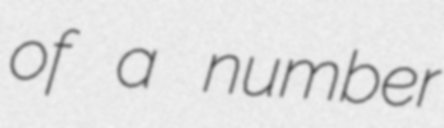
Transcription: of a number